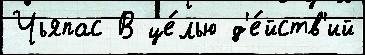
Чьяпас В це́лью д'е́йств'ий